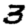
Digit: 3